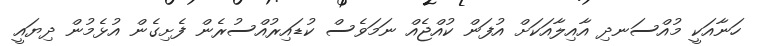
ހަނާއަކީ މުއްސަނދި އާއިލާއަކަށް އުފަން ކުއްޖެއް ނަމަވެސް ކުޑައިރުއްސުރެން ފެށިގެން އުޅެމުން ދިޔައީ